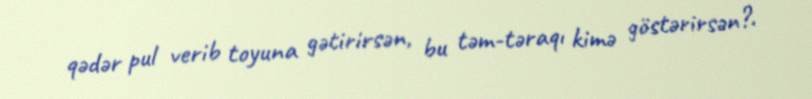
qədər pul verib toyuna gətirirsən, bu təm-təraqı kimə göstərirsən?.